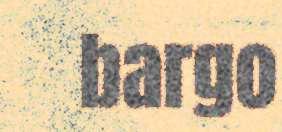
bargo